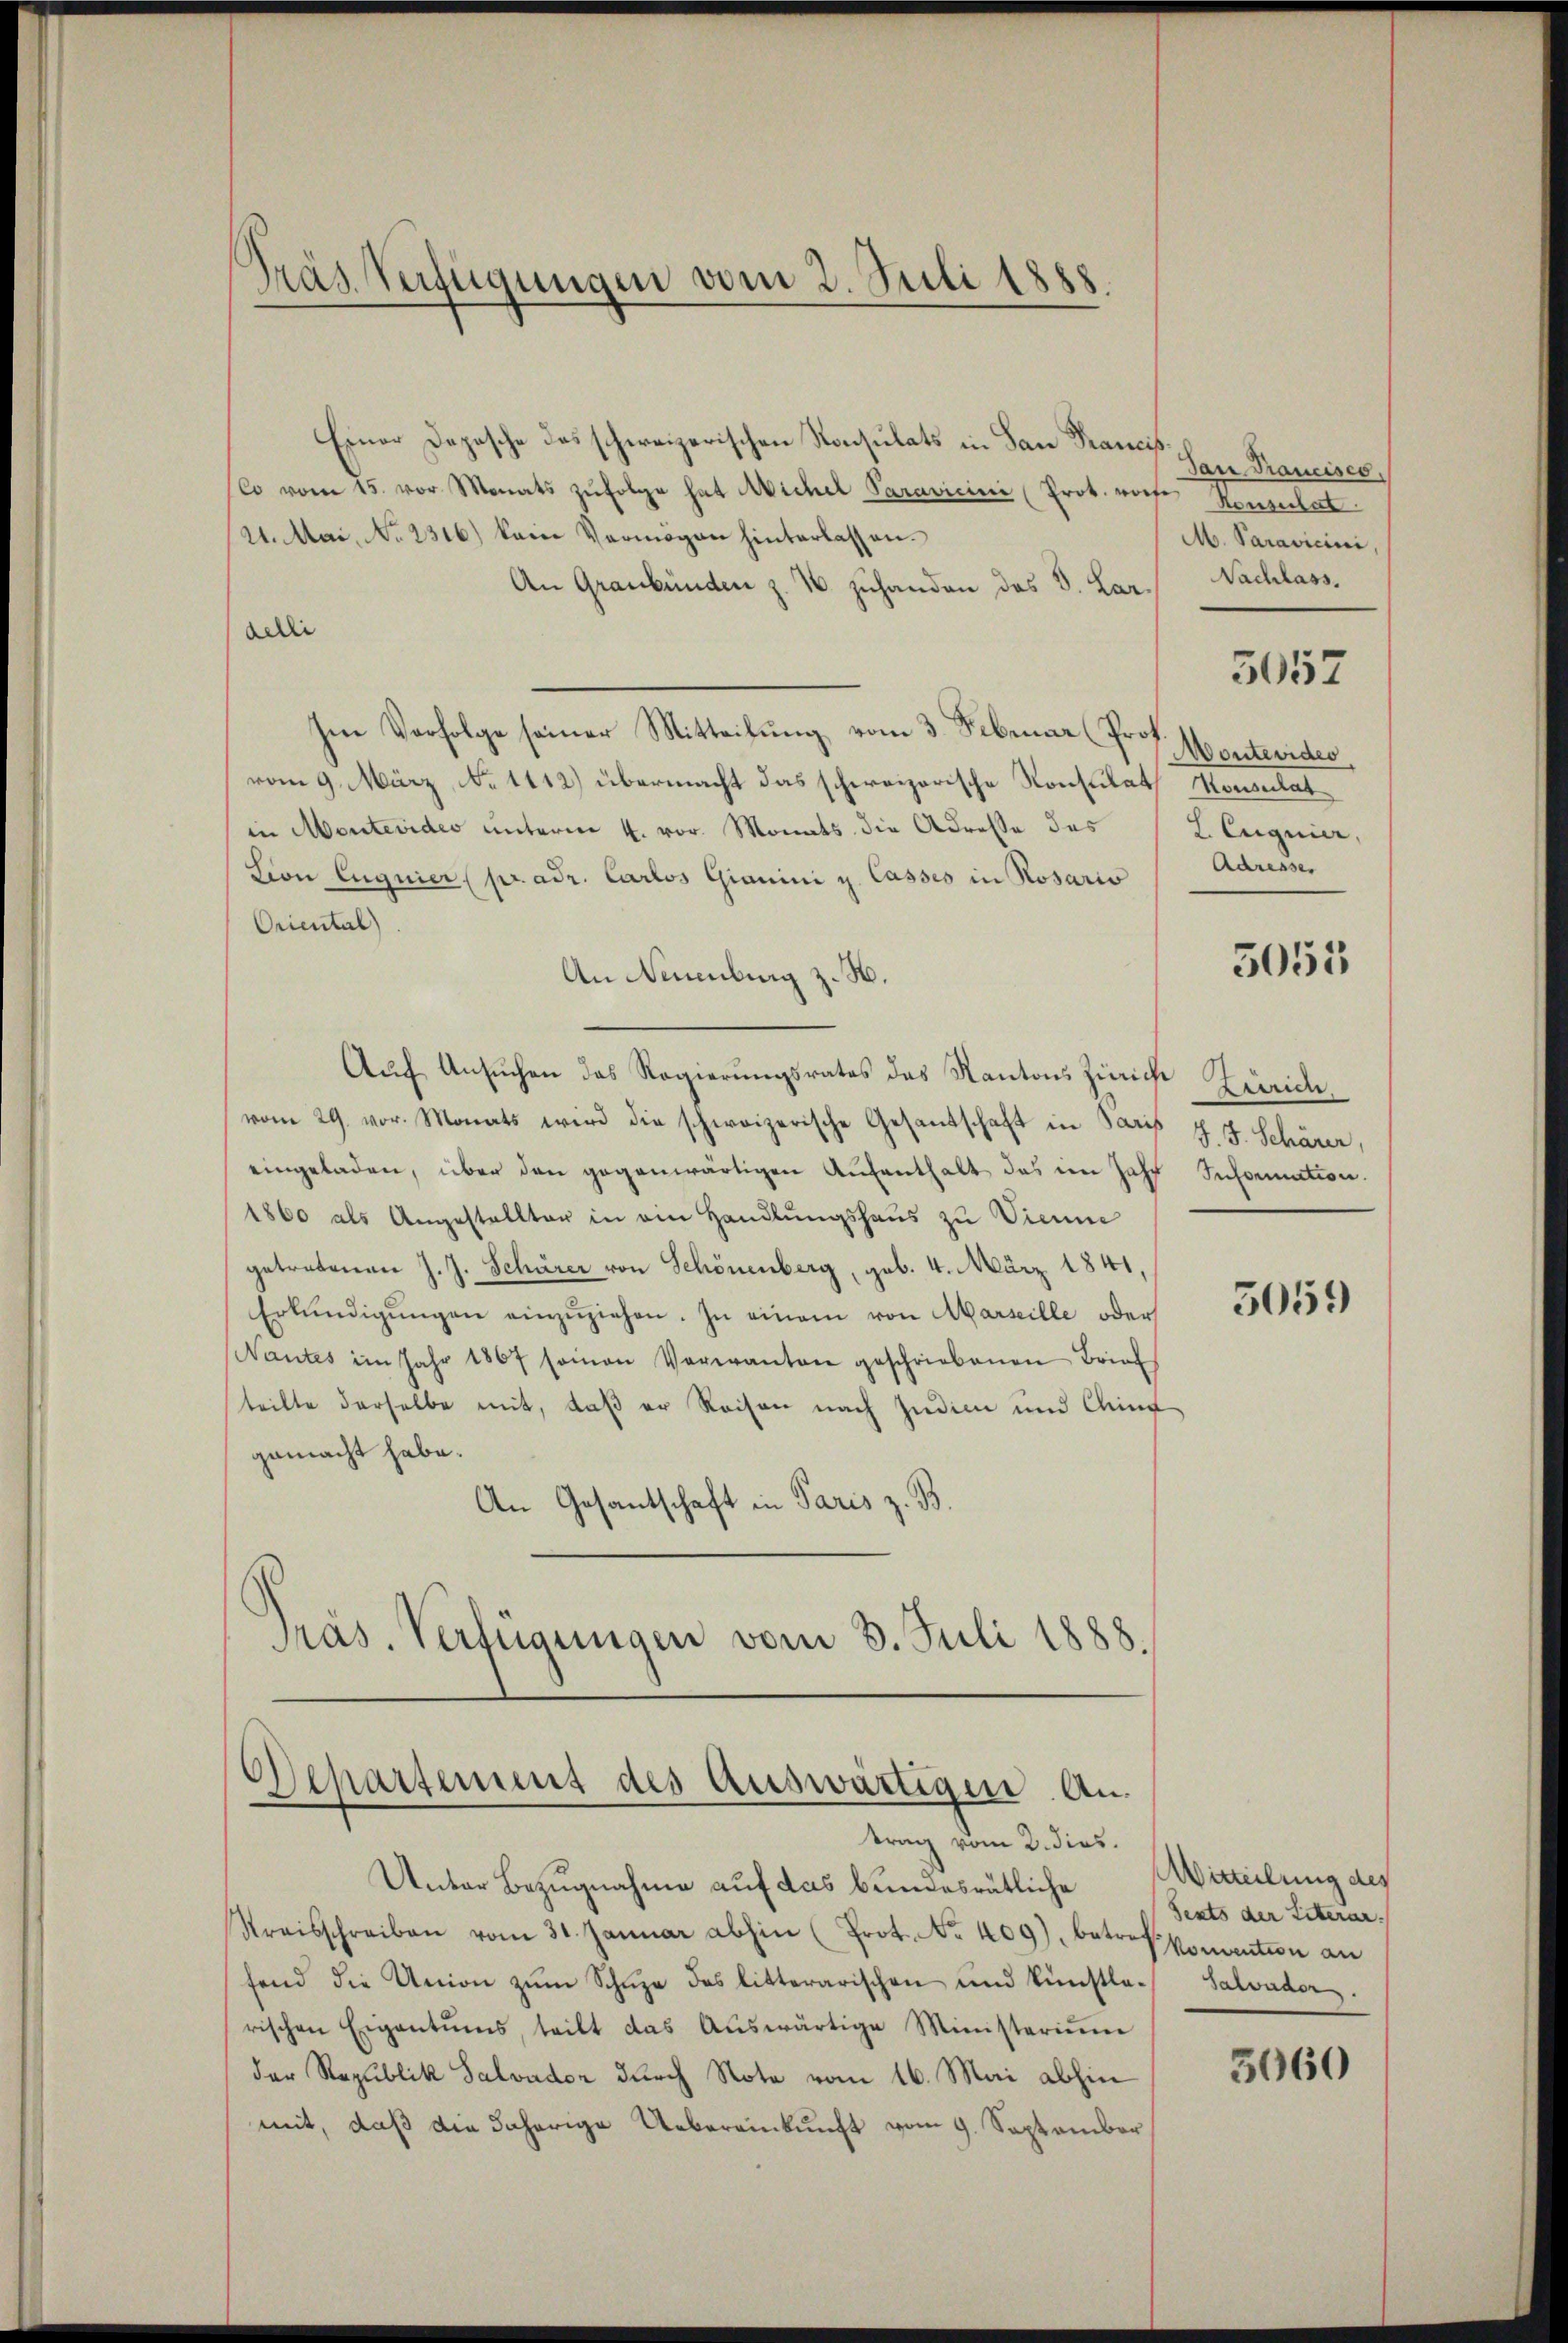
Präs. Verfügungen vom 2. Juli 1888

Einer Deposche das schweizerischen Konsulats in San Francis
Co vom 15. vor Monats zŭfolge hat Michel Paravicini (Prot. woche Kemzerhat
21. Mai, No 2316) kein Vermögen hinterlassen.
An Graubünden z. B. zuhanden das V. Laraedii
Im Verfolge seiner Mitteilung vom 3. Februar (Prof.
vom 9. März, No 1112) übermacht das schweizerische Konsulat Konsulat
in Montevides unterm 4. vor. Monats die Adresse des
Lion Eugnier (pr. adr. Carlos Gianini u. Casses in Rosario
Oriental)
An Neuenburg z. H.
Auf Ansuchen das Regierungsrates das Kantons Zürich
vom 29. vor. Monats wird die schweizerische Gesandschaft in Paris J. J. Schärer,
eingeladen, über den gegenwärtigen Aufenthalt das im Jahr Information.
1860 als Angestellter in ein Handlungshaus zu Vienne
getretenen J. J. Schärer von Schönenberg, geb. 4. März 1841,
Erkŭndigŭngen einzŭziehen. In einem von Marseille oder
Wantes im Jahr 1867 samen Verwanten geschriebenen Brief
teilte derselbe mit, daß er Reisen nach Indien und Ching
gemacht habe.
An Gesantschaft in Paris z. B.
Präs. Verfügungen vom 3. Juli 1888.

6)
Separtement des Auswärtigen. Antrag vom 2. dies.

Unter Bezugnahme auf das bundesrätliche
Streisschreiben vom 31. Januar abhin (Prot. No. 409), betreffonvention an
fend die Union zŭm Schŭle des litterarischen und künstle- Salvader.
rischen Eigentums, teilt das Aŭswärtige Ministeriŭm
der Republik Salvader durch Note vom 16. Mai abhin
mit, daß die daherige Uebereinkunft vom 9. September

dan Francises.
M. Paravicini,
Nachlass.
3057
Montevideo
2. Eignier,
Adresser

3055

Barrier

5059

Witteilung des
Serts der Literar.

5060